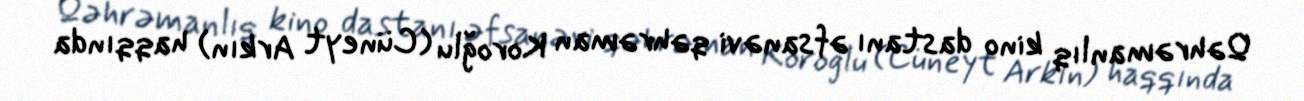
Qəhrəmanlıq kino dastanı əfsanəvi qəhrəman Koroğlu (Cüneyt Arkın) haqqında